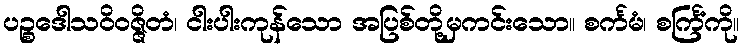
ပဉ္စဒေါသဝိဝဇ္ဇိတံ၊ ငါးပါးကုန်သော အပြစ်တို့မှကင်းသော။ စင်္ကမံ၊ စင်္ကြံကို။